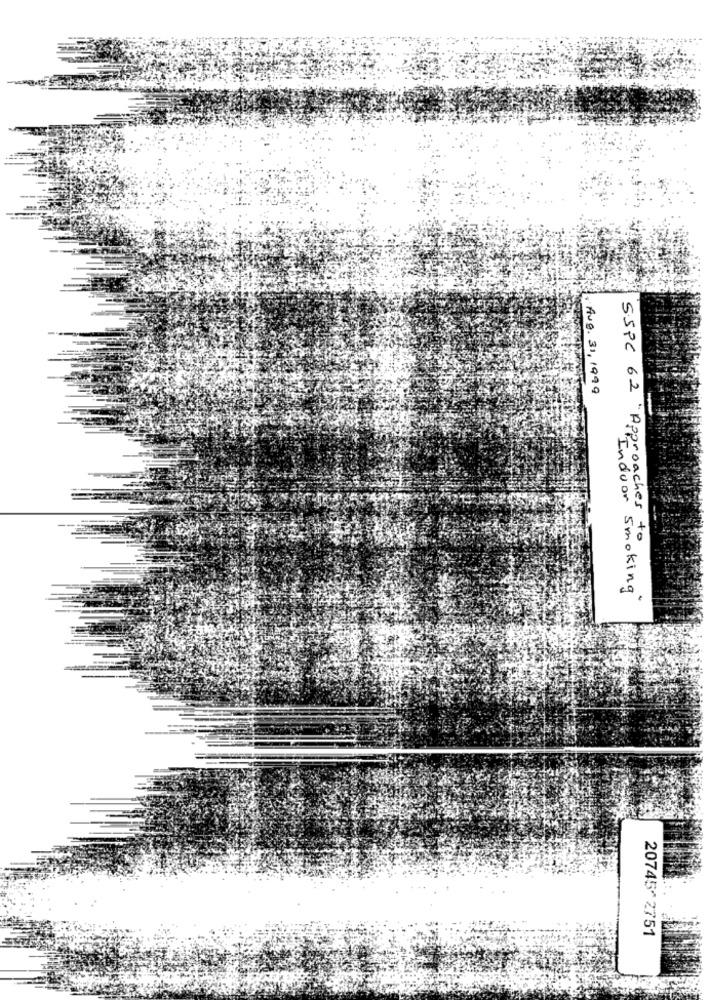
Aug. 31,1999
SSPC 62 " Approaches 5
Indoor Smoking"
20745*2751